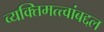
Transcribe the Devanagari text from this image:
व्यक्तिमत्त्वांबद्दल